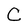
Character: C